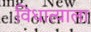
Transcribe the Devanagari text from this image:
विधात्याला